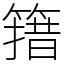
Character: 簎